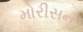
મોરીસન